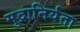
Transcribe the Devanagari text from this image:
मुद्रानिर्यंता